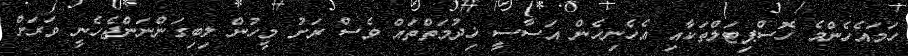
ހަމައެހެންމެ ހޮސްޕިޓަލްތަކާއި އެހެނިހެން އަސާސީ ޚިދުމަތްތައް ވެސް ރަށު މީހުން ލިބިގަންނަންޖެހެނީ ވަރަށް